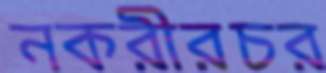
নকরীরচর